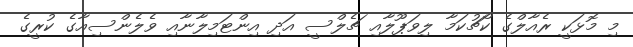
މި މޮޅަކީ ރެއާލްގެ ކޯޗުކަމާ ލިވަޕޫލާއި ޗެލްސީ އަދި އިންޓަމިލާނާއި ވެލެންސިއާގެ ކުރީގެ